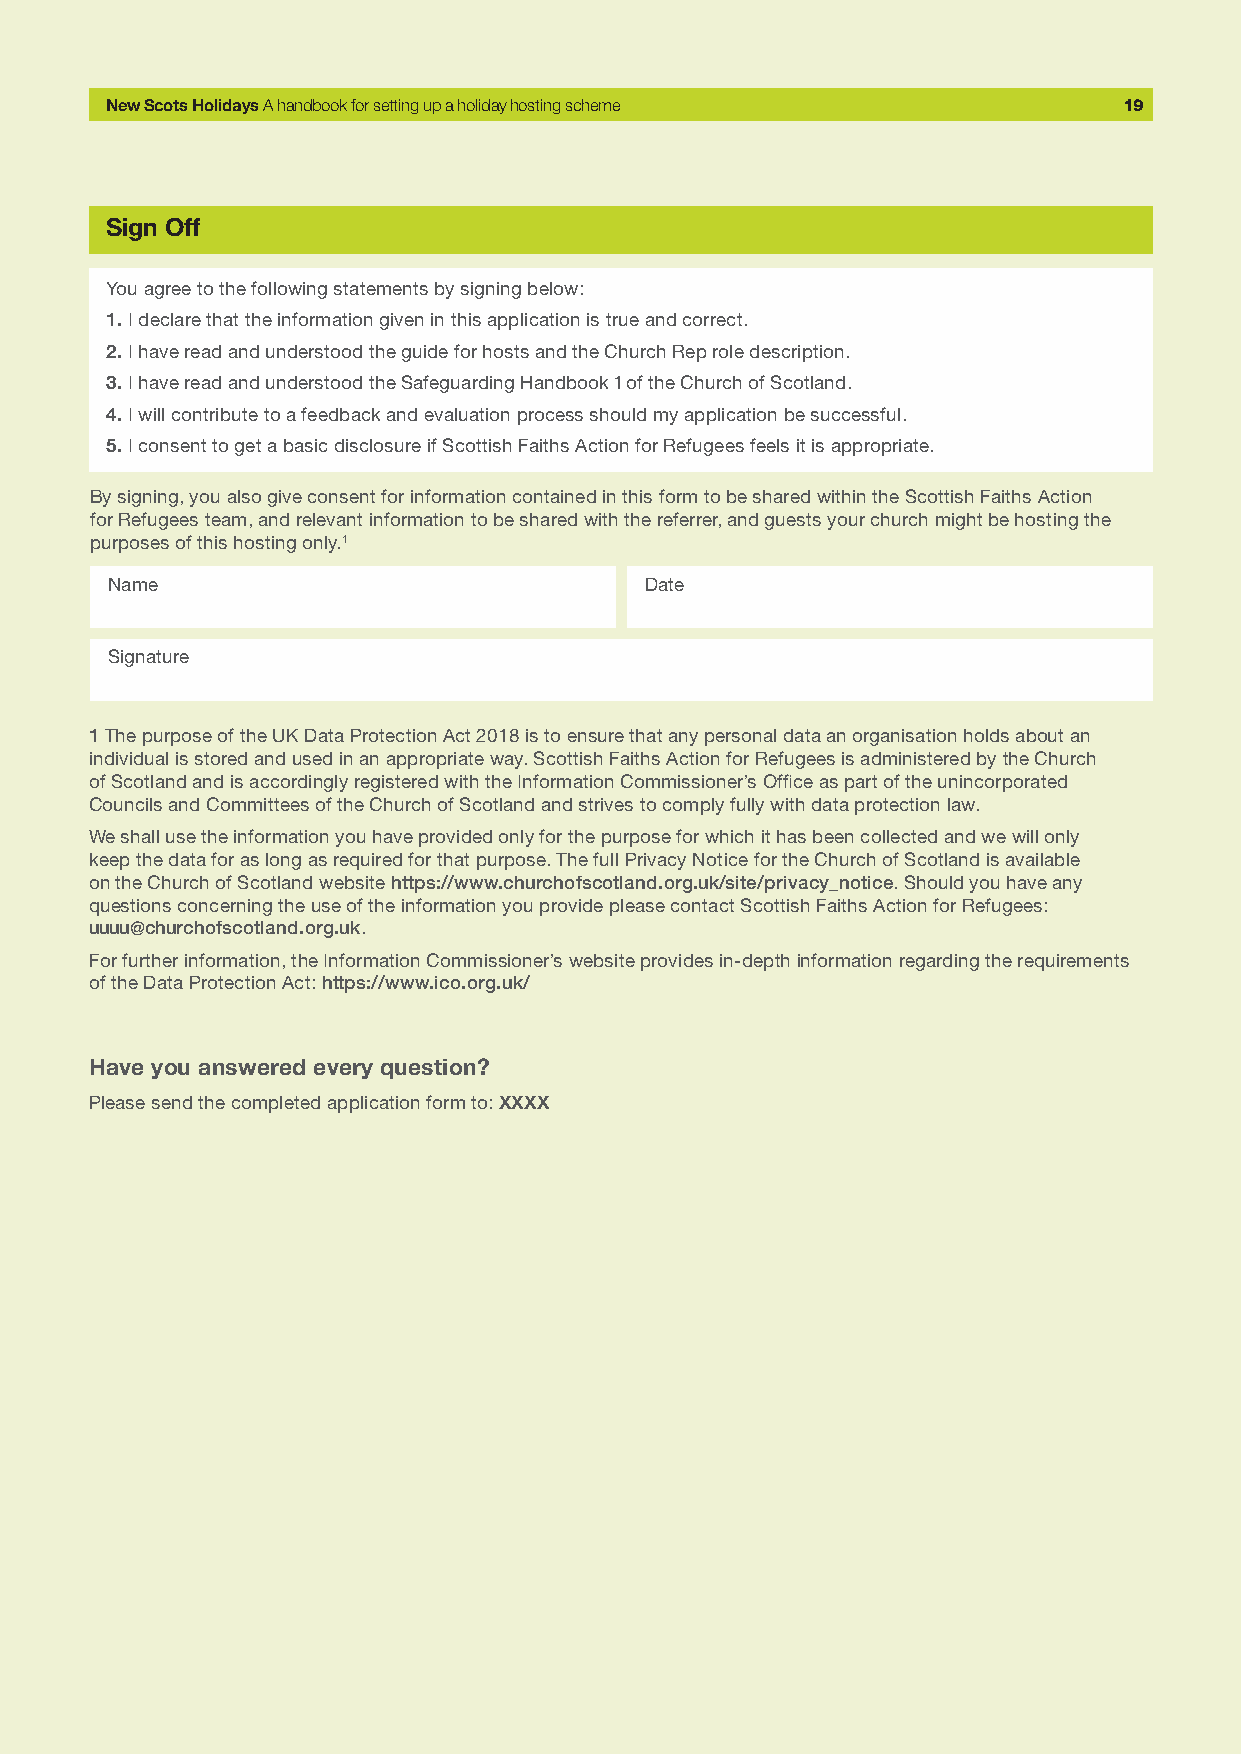
New Scots Holidays A handbook for setting up a holiday hosting scheme 19
 Sign Off
 You agree to the following statements by signing below:
 1.I declare that the information given in this application is true and correct.
 2.I have read and understood the guide for hosts and the Church Rep role description.
 3.I have read and understood the Safeguarding Handbook 1 of the Church of Scotland.
 4.I will contribute to a feedback and evaluation process should my application be successful.
 5.I consent to get a basic disclosure if Scottish Faiths Action for Refugees feels it is appropriate.
 By signing, you also give consent for information contained in this form to be shared within the Scottish Faiths Action
 for Refugees team, and relevant information to be shared with the referrer, and guests your church might be hosting the
 purposes of this hosting only.1
 Name                                Date
 Signature
 1 The purpose of the UK Data Protection Act 2018 is to ensure that any personal data an organisation holds about an
 individual is stored and used in an appropriate way. Scottish Faiths Action for Refugees is administered by the Church
 of Scotland and is accordingly registered with the Information Commissioner’s Office as part of the unincorporated
 Councils and Committees of the Church of Scotland and strives to comply fully with data protection law.
 We shall use the information you have provided only for the purpose for which it has been collected and we will only
 keep the data for as long as required for that purpose. The full Privacy Notice for the Church of Scotland is available
 on the Church of Scotland website https://www.churchofscotland.org.uk/site/privacy_notice. Should you have any
 questions concerning the use of the information you provide please contact Scottish Faiths Action for Refugees:
 uuuu@churchofscotland.org.uk.
 For further information, the Information Commissioner’s website provides in-depth information regarding the requirements
 of the Data Protection Act: https://www.ico.org.uk/
 Have you answered every question?
 Please send the completed application form to: XXXX